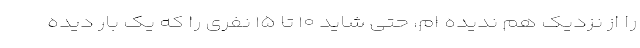
را از نزدیک هم ندیده ام، حتی شاید ۱۰ تا ۱۵ نفری را که یک بار دیده